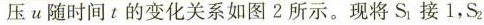
压\upsilon 随时间t的变化关系如图2所示。现将S_{1}接1，S_{2}